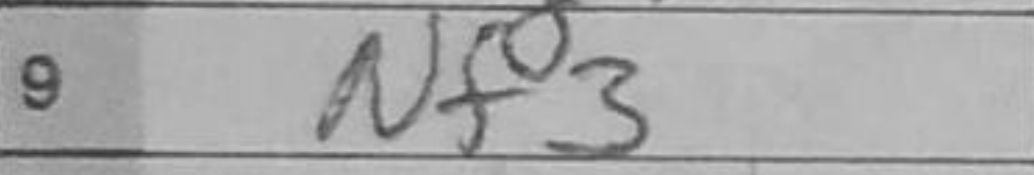
Transcription: Nf3